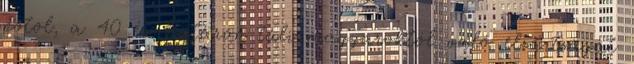
pótol, a 40 év határon túli magyaroktól való elzártságát